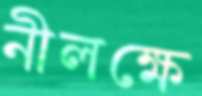
নীলক্ষে